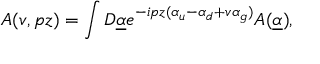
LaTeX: { \cal A } ( v , p z ) = \int { \cal D } \underline { { { \alpha } } } e ^ { - i p z ( \alpha _ { u } - \alpha _ { d } + v \alpha _ { g } ) } { \cal A } ( \underline { { { \alpha } } } ) ,